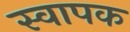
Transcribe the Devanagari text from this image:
स्‍वापक